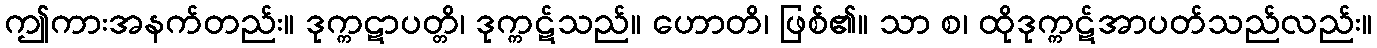
ဤကားအနက်တည်း။ ဒုက္ကဋာပတ္တိ၊ ဒုက္ကဋ်သည်။ ဟောတိ၊ ဖြစ်၏။ သာ စ၊ ထိုဒုက္ကဋ်အာပတ်သည်လည်း။